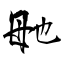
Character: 毑